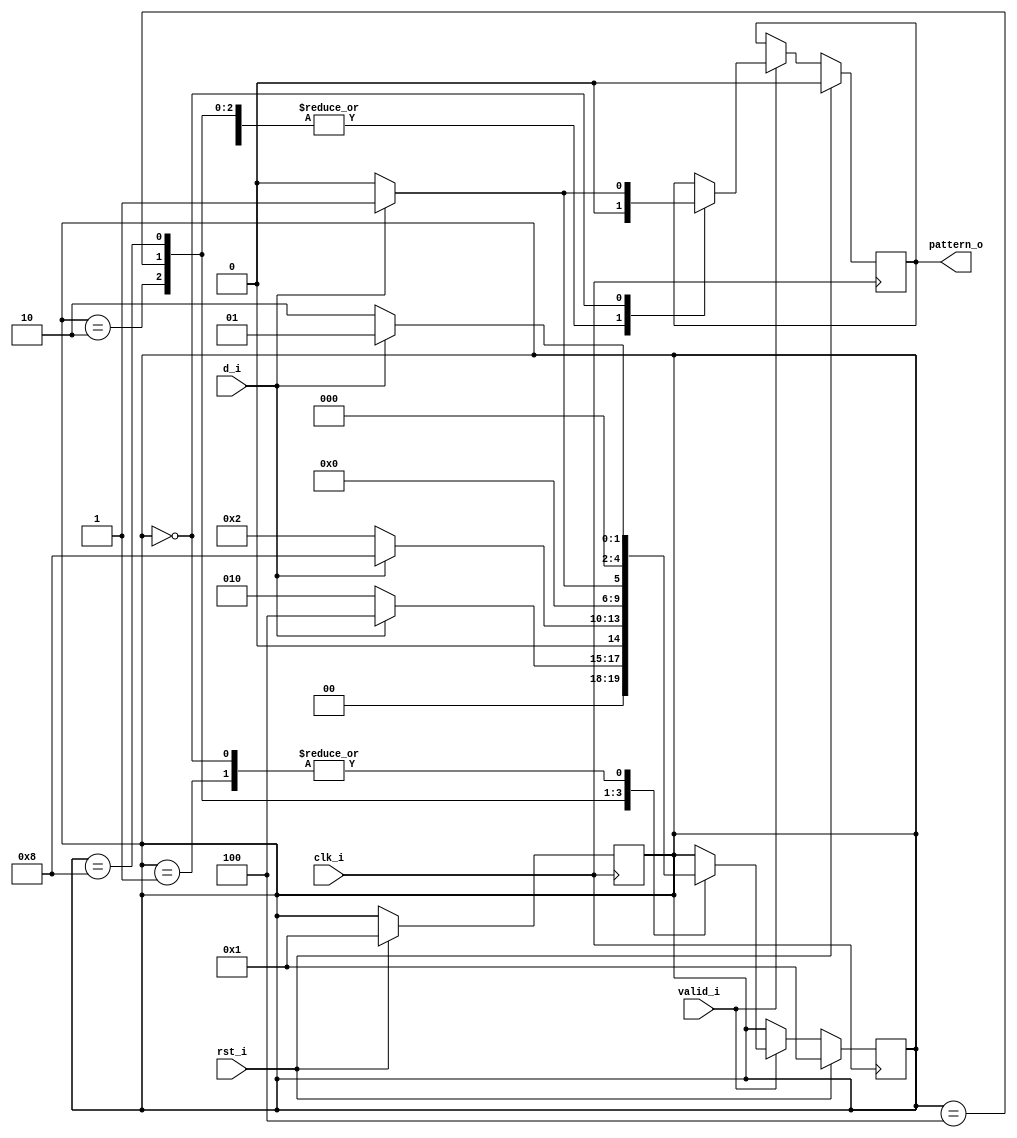
module mealy(clk_i,rst_i,valid_i,d_i,pattern_o);
//using one-hot encoding
//BCCBC 01101
parameter S_R	 =5'b0_0001;
parameter S_B	 =5'b0_0010;
parameter S_BC   =5'b0_0100;
parameter S_BCC  =5'b0_1000;
parameter S_BCCB =5'b0_0000;

parameter B=1'b0;
parameter C=1'b1;

input clk_i,rst_i,valid_i,d_i;
output reg pattern_o;
reg [4:0]state,n_state;

always@(posedge clk_i)begin
	if(rst_i)begin
		pattern_o=0;
		state=S_R;
		n_state=S_R;
	end
	else begin
		if(valid_i)begin
			case(state)
				S_R:begin
					pattern_o=0;
					n_state = (d_i==B)? S_B:S_R;
				end
				S_B:begin
					pattern_o=0;
					n_state = (d_i==C)? S_BC:S_B;
				end
				S_BC:begin
					pattern_o=0;
					n_state = (d_i==C)? S_BCC:S_B;
				end	
				S_BCC:begin
					pattern_o=0;
					n_state = (d_i==B)? S_BCCB:S_R;
				end
				S_BCCB:begin
					pattern_o=0;
					n_state = (d_i==C)? S_R:S_B;
					if(d_i==C) 
						pattern_o=1;
				end
				

			endcase
		end
	end
end

always@(n_state)
	state=n_state;




endmodule